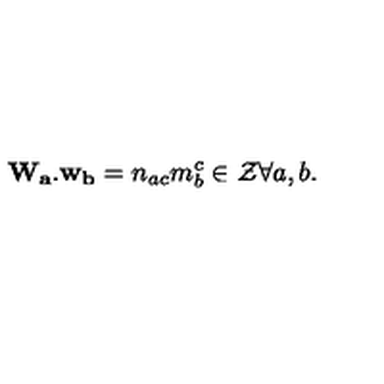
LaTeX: { \bf W _ { a } . w _ { b } } = n _ { a c } m _ { b } ^ { c } \in { \cal Z } \forall a , b .